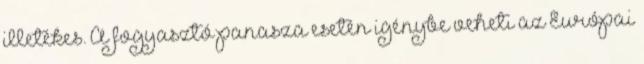
illetékes. A fogyasztó panasza esetén igénybe veheti az Európai